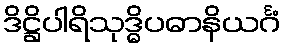
ဒိဋ္ဌိပါရိသုဒ္ဓိပဓာနိယင်္ဂံ